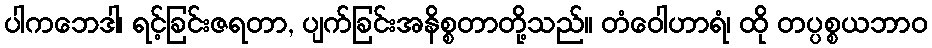
ပါကဘေဒါ၊ ရင့်ခြင်းဇရတာ, ပျက်ခြင်းအနိစ္စတာတို့သည်။ တံဝေါဟာရံ၊ ထို တပ္ပစ္စယဘာဝ